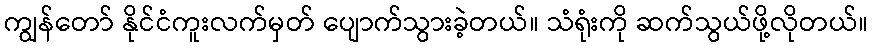
ကျွန်တော် နိုင်ငံကူးလက်မှတ် ပျောက်သွားခဲ့တယ်။ သံရုံးကို ဆက်သွယ်ဖို့လိုတယ်။